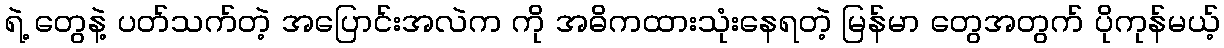
ရဲ့ တွေနဲ့ ပတ်သက်တဲ့ အပြောင်းအလဲက ကို အဓိကထားသုံးနေရတဲ့ မြန်မာ တွေအတွက် ပိုကုန်မယ့်